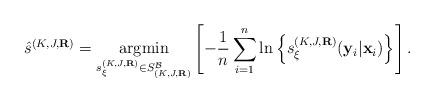
LaTeX: \begin{align*} \hat{s}^{(K,J,\mathbf{R})} &= \underset{s_\xi^{(K,J,\mathbf{R})} \in {S}^\mathcal{B}_{(K,J,\mathbf{R})}}{\operatorname{argmin}} \left[ -\frac{1}{n} \sum_{i=1}^n \ln\left\{ s_\xi^{(K,J,\mathbf{R})} (\mathbf{y}_i|\mathbf{x}_i) \right\} \right]. \end{align*}